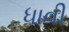
ધાવી